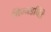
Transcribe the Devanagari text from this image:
विज्जडविडे